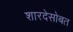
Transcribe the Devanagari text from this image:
शारदेसोबत